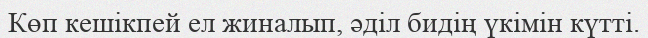
Көп кешікпей ел жиналып, әділ бидің үкімін күтті.